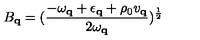
B _ { { \bf { q } } } = ( \frac { - \omega _ { { \bf { q } } } + \epsilon _ { { \bf { q } } } + \rho _ { 0 } v _ { { \bf { q } } } } { 2 \mathrm { } \omega _ { { \bf { q } } } } ) ^ { \frac { 1 } { 2 } }